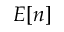
E [ n ]